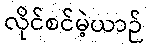
လိုင်စင်မဲ့ယာဉ်